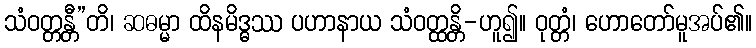
သံဝတ္တန္တီ”တိ၊ ဆဓမ္မာ ထိနမိဒ္ဓဿ ပဟာနာယ သံဝတ္ထန္တိ-ဟူ၍။ ဝုတ္တံ၊ ဟောတော်မူအပ်၏။